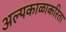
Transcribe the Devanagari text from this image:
अल्पकाळाकरिता